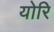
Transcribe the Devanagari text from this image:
योरि